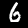
Digit: 6